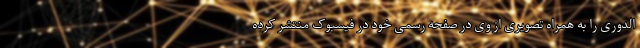
الدوری را به همراه تصویری از وی در صفحه رسمی خود در فیسبوک منتشر کرده